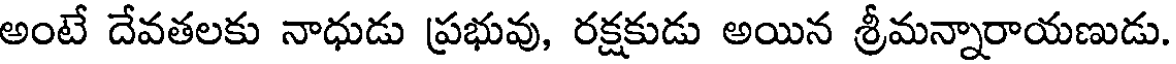
అంటే దేవతలకు నాధుడు ప్రభువు, రక్షకుడు అయిన శ్రీమన్నారాయణుడు.